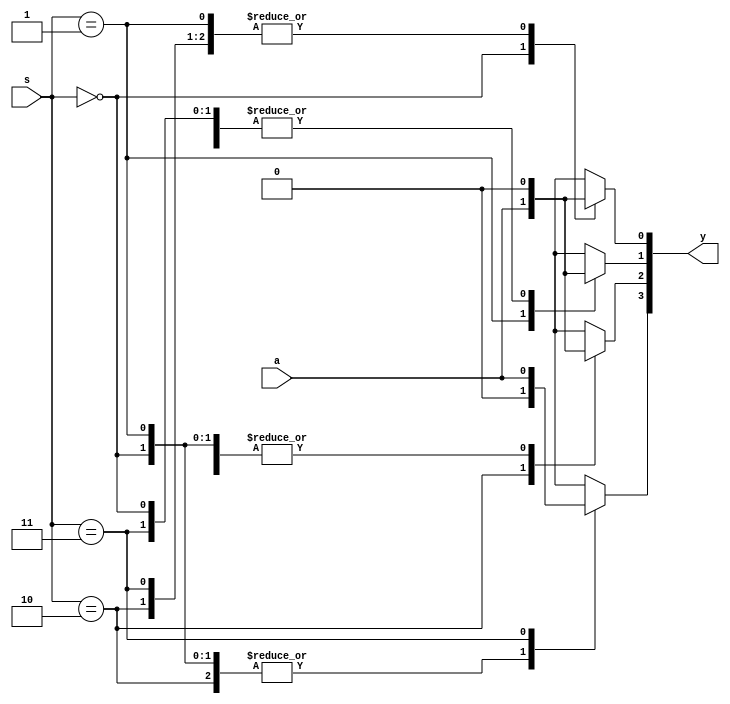
`timescale 1ns / 1ps
//////////////////////////////////////////////////////////////////////////////////
// Company: 
// Engineer: 
// 
// Design Name: 
// Module Name: Demux_1to4
// Project Name: 
// Target Devices: 
// Tool Versions: 
// Description: 
// 
// Dependencies: 
// 
// Revision:
// Revision 0.01 - File Created
// Additional Comments:
// 
//////////////////////////////////////////////////////////////////////////////////


module demux_1to4_1(
    input a,
    input [1:0] s,
    output reg [3:0]y
    );
    always@(*) 
    begin
    case(s) 
    2'b00: begin y[0]=a;y[1]=1'b0;y[2]=1'b0;y[3]=1'b0;end
    2'b01: begin y[0]=1'b0;y[1]=a;y[2]=1'b0;y[3]=1'b0;end 
    2'b10: begin y[0]=1'b0;y[1]=1'b0;y[2]=a;y[3]=1'b0;end 
    2'b11: begin y[0]=1'b0;y[1]=1'b0;y[2]=1'b0;y[3]=a;end
    default:y=4'bXXXX;
    endcase
    end
endmodule